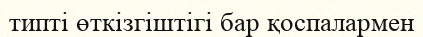
типті өткізгіштігі бар қоспалармен